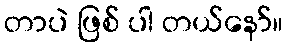
တာပဲ ဖြစ် ပါ တယ်နော်။